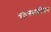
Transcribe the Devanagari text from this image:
गृहस्थजीवन